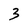
Character: 3